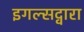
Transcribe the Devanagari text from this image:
इगल्सद्वारा